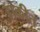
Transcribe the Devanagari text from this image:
हाकीत